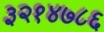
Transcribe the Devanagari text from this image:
३२१४७८६